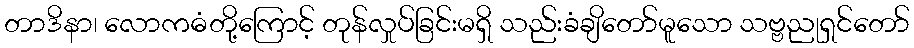
တာဒိနာ၊ လောကဓံတို့ကြောင့် တုန်လှုပ်ခြင်းမရှိ သည်းခံချိတော်မူသော သဗ္ဗညုရှင်တော်